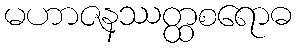
မဟာဇနဿတ္ထစရောဓ